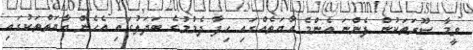
ވީމާ ސޫރަތަކުން ފެންނަ އެންމެ އާޔަތެއްގައި ހިފާ ދެމުމުގެ ބަދަލުގައި އެހެން އާޔަތްތަކުގައި